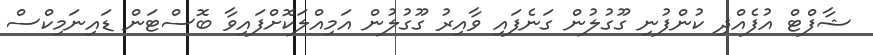
ޝާފްޓް އުފެއްދި ކުންފުނި ގޫގުލުން ގަނެފައި ވާއިރު ގޫގުލުން އަމިއްލަކޮށްފައިވާ ބޮސްޓަން ޑައިނަމިކްސް